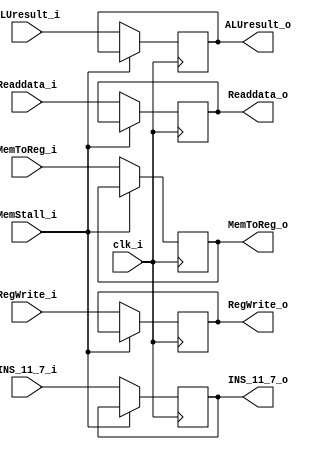
module MEM_WB
(   
    clk_i,
    RegWrite_o,
    RegWrite_i,
    MemToReg_o,
    MemToReg_i,
    ALUresult_o,
    ALUresult_i,
    Readdata_o,
    Readdata_i,
    INS_11_7_o,
    INS_11_7_i,
    MemStall_i
);
input               clk_i;
input RegWrite_i, MemToReg_i, MemStall_i;
input [31:0] ALUresult_i, Readdata_i;
input [4:0] INS_11_7_i;
output reg RegWrite_o, MemToReg_o;
output reg [31:0] ALUresult_o, Readdata_o;
output reg [4:0] INS_11_7_o;

always@(posedge clk_i)  begin
    if (!MemStall_i) begin
        RegWrite_o  <= RegWrite_i;
        MemToReg_o  <= MemToReg_i;
        Readdata_o  <= Readdata_i;
        ALUresult_o <= ALUresult_i;
        INS_11_7_o  <= INS_11_7_i;
    end
end
endmodule